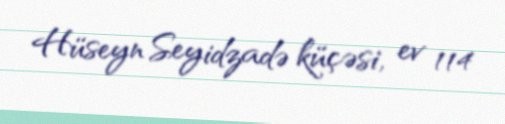
Hüseyn Seyidzadə küçəsi, ev 114